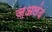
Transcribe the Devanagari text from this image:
ज़अलंद